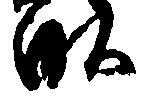
畝